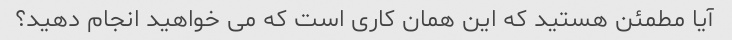
آیا مطمئن هستید که این همان کاری است که می خواهید انجام دهید؟